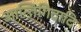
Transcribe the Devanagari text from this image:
आन्तिगिदादि